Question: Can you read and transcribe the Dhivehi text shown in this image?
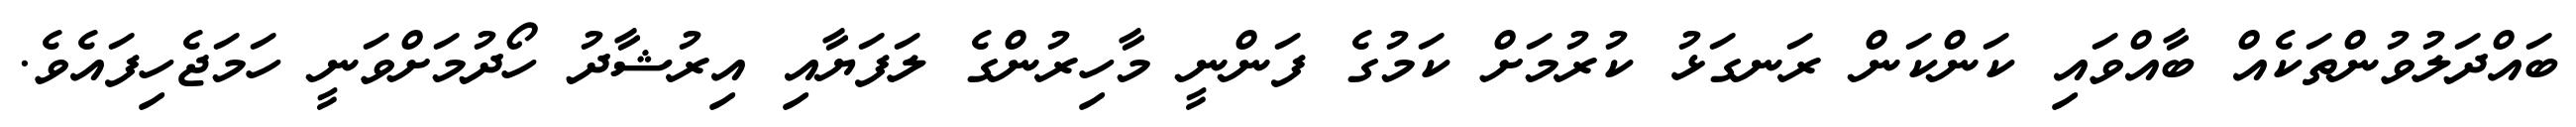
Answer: ބައްދަލުވުންތަކެއް ބާއްވައި ކަންކަން ރަނގަޅު ކުރުމަށް ކަމުގެ ފަންނީ މާހިރުންގެ ލަފަޔާއި އިރުޝާދު ހޯދުމަށްވަނީ ހަމަޖެހިފައެވެ.